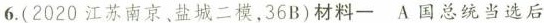
6.(2020 江苏南京、盐城二模，36B)材料一 A国总统当选后